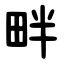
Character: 畔